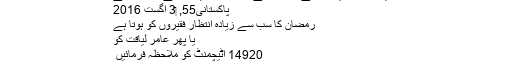
شاید ان کو گولیاں کھانے کا شوق ہے اور قبروں میں اضافے کا جنون ہے
پاکستانی55, ‏3 اگست 2016
رمضان کا سب سے زیادہ انتظار فقیروں کو ہوتا ہے
یا پھر عامر لیاقت کو
14920 اٹیچمنٹ کو ملاحظہ فرمائیں ​
چاچو !